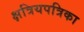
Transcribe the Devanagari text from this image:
क्षत्रियपत्रिका